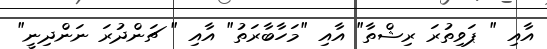
އާއި " ޕަވިތުރަ ރިޝްތާ" އާއި "މަހާބާރަތު" އާއި " ޗަންދުރަ ނަންދިނީ"